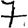
Digit: 7